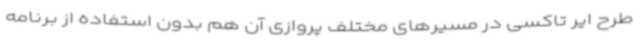
طرح ایر تاکسی در مسیرهای مختلف پروازی آن هم بدون استفاده از برنامه